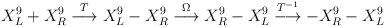
LaTeX: \begin{align*}X^9 _L + X^9 _R \stackrel{ T}{\longrightarrow} X^9_L -X^9_R\stackrel{\Omega}{\longrightarrow} X^9 _R - X^9 _L\stackrel{T^{-1}}{\longrightarrow} -X^9 _R - X^9 _L\end{align*}